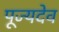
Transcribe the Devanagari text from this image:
पूज्यदेव